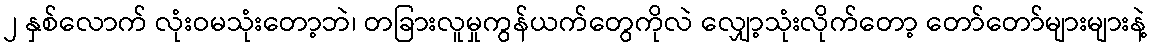
၂ နှစ်လောက် လုံးဝမသုံးတော့ဘဲ၊ တခြားလူမှုကွန်ယက်တွေကိုလဲ လျှော့သုံးလိုက်တော့ တော်တော်များများနဲ့